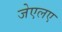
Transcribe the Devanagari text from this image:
जेएलए